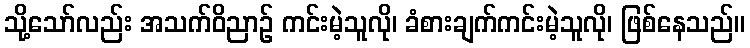
သို့သော်လည်း အသက်ဝိညာဉ် ကင်းမဲ့သူလို၊ ခံစားချက်ကင်းမဲ့သူလို၊ ဖြစ်နေသည်။